Problem: 95 + 85 = ?
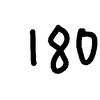
Handwritten answer: 180